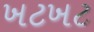
ખટખટ